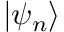
\left| { \psi _ { n } } \right\rangle